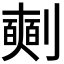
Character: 𠠘